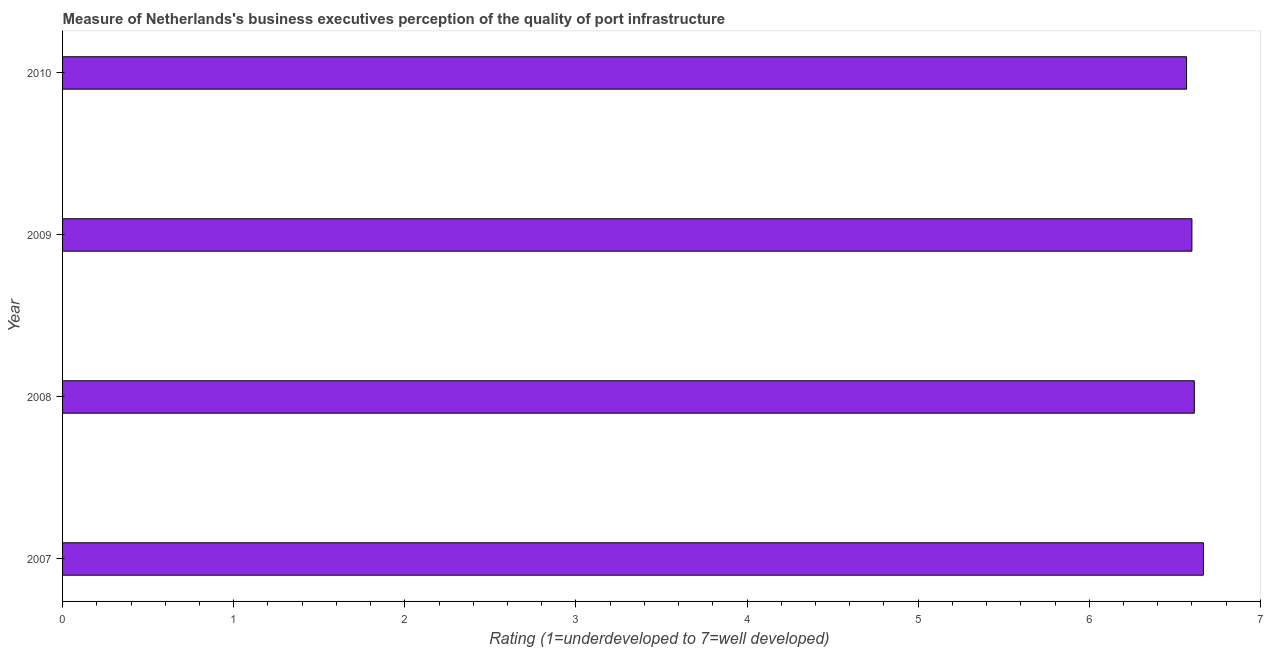
| Year | Quality of port infrastructure |
 | --- | --- |
 | 2007 | 6.67 |
 | 2008 | 6.61 |
 | 2009 | 6.6 |
 | 2010 | 6.57 |